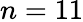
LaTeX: n=11